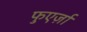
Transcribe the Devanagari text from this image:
फुएर्ज़ा